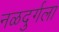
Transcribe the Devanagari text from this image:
नळदुर्गला